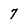
Character: 7